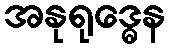
အနုရုဒ္ဓေန